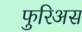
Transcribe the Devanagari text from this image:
फुरिअस